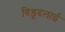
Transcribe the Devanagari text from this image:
विड़ूदलाई